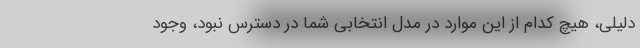
دلیلی، هیچ کدام از این موارد در مدل انتخابی شما در دسترس نبود، وجود